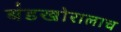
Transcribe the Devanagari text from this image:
बंडखोरालाच